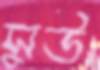
সুউ